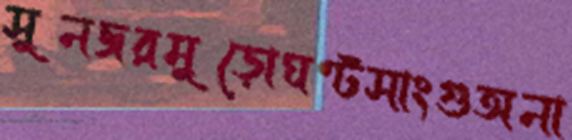
সুনজরমুড়োঘণ্টসাংগুঅনা